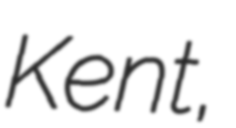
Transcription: Kent,